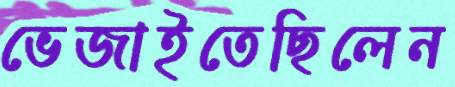
ভেজাইতেছিলেন